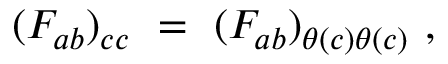
( F _ { a b } ) _ { c c } ~ = ~ ( F _ { a b } ) _ { \theta ( c ) \theta ( c ) } ~ ,